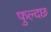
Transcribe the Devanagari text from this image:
फुल्दछ